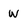
Character: W